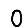
Digit: 0